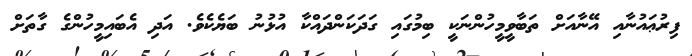
ފިރުޢައުނާއި އޭނާއަށް ތަބާވީމީހުންނަކީ ބިމުގައި ގަދަކަންދައްކާ އުޅުނު ބަޔެކެވެ. އަދި އެބައިމީހުންގެ ގާތަށް